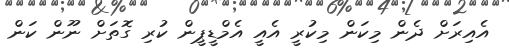
އެއިރަށް ދެން މިކަން މިކުރީ އެއީ އެމްޑީޕީން ކުރި ގޮތަށް ނޫން ކަން